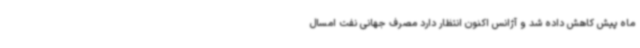
ماه پیش کاهش داده شد و آژانس اکنون انتظار دارد مصرف جهانی نفت امسال